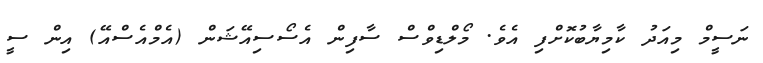
ނަސީމް މިއަދު ކާމިޔާބުކޮށްފި އެވެ. މޯލްޑިވްސް ސާފިން އެސޯސިއޭޝަން (އެމްއެސްއޭ) އިން ސީ